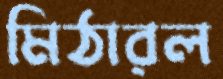
মিঠারল